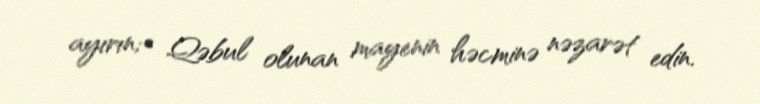
ayırın;• Qəbul olunan mayenin həcminə nəzarət edin.